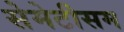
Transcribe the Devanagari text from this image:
सेमेटीसम